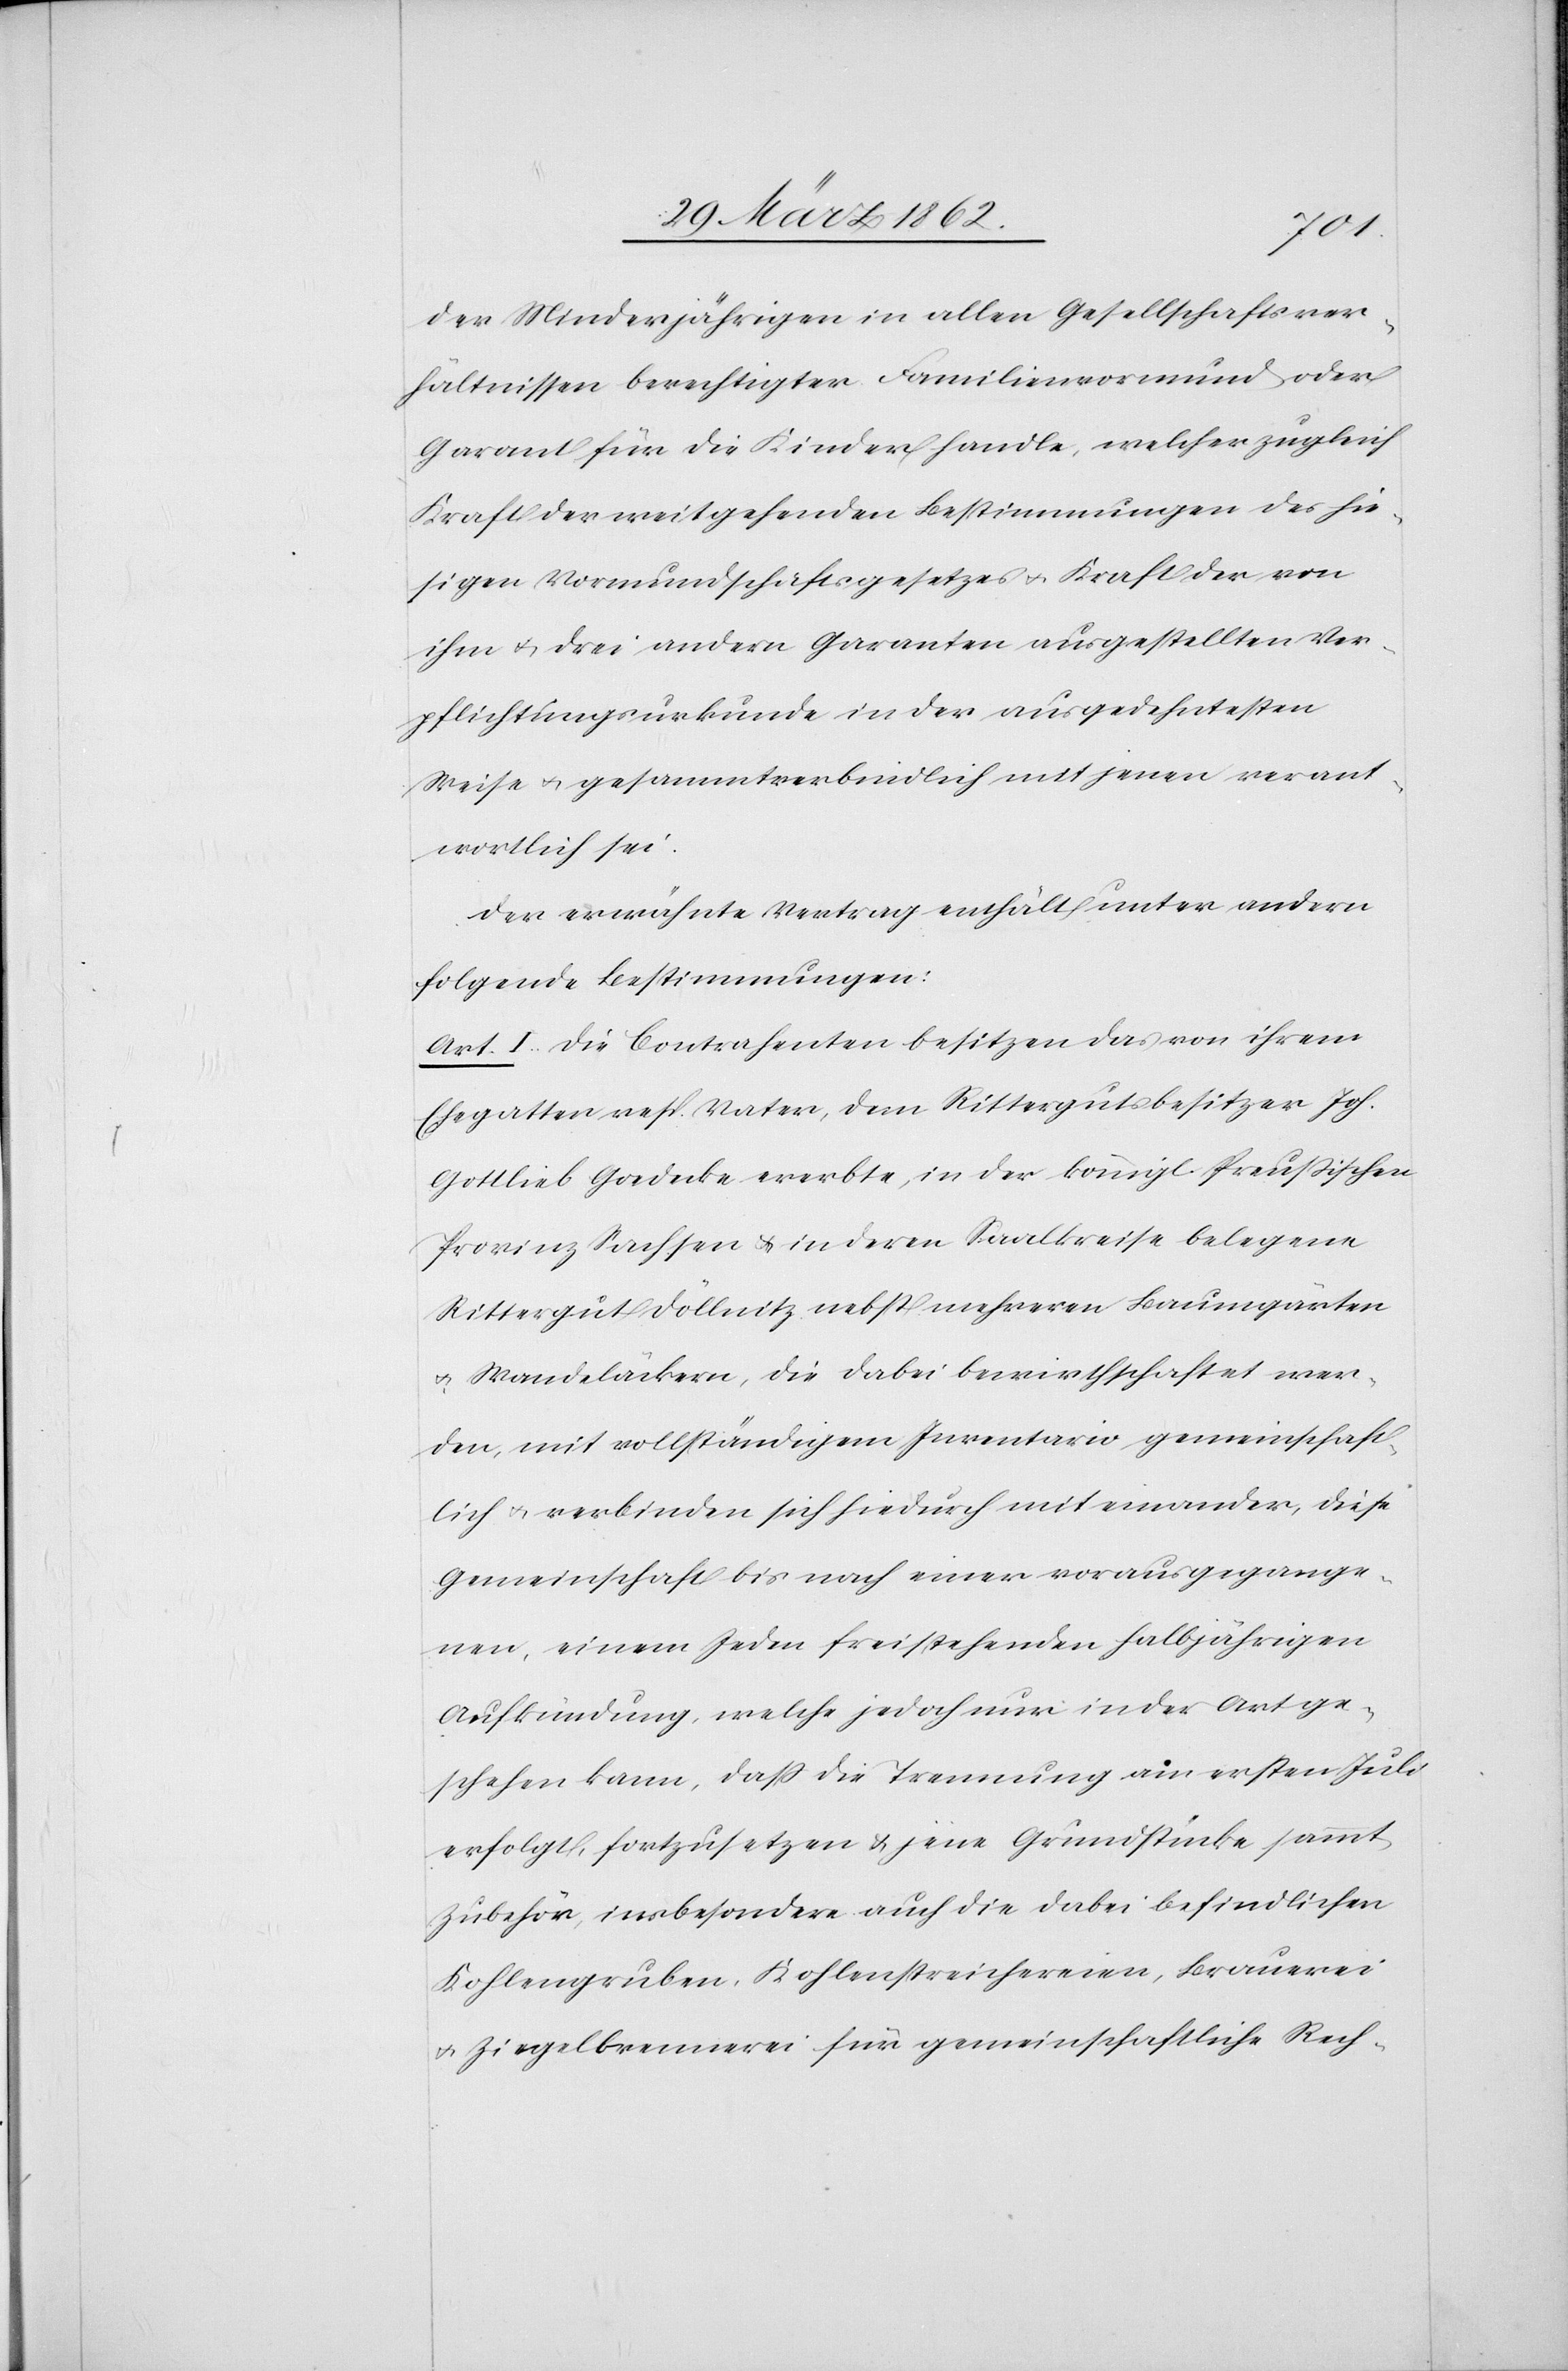
der Minderjährigen in allen Gesellschaftsver¬
hältnissen berechtigter Familienvormund oder
Garant für die Kinder handle, welcher zugleich
Kraft der weitgehenden Bestimmungen des hie¬
sigen Vormundschaftgesetzes u. Kraft der von
ihm u. drei andern Garanten ausgestellten Ver¬
pflichtungsurkunde in der ausgedehntesten
Weise u. gesammtverbindlich mit jenen verant¬
wortlich sei.
Der erwähnte Vertrag enthält unter andern
folgende Bestimmungen:
Art. I. Die Contrahenten besitzen das von ihrem
Ehegatten resp. Vater, dem Rittergutsbesitzer Joh.
Gottlieb Goedecke ererbte, in der königl. Preußischen
Provinz Sachsen & in deren Saalkreise belegene
Rittergut Döllnitz nebst mehreren Baumgärten
u. Wandeläckern, die dabei bewirthschaftet wer¬
den, mit vollständigem Inventario gemeinschaft¬
lich u. verbinden sich hiedurch miteinander, diese
Gemeinschaft bis nach einer vorausgegange¬
nen, einem Jeden freistehenden halbjährigen
Aufkündung, welche jedoch nur in der Art ge¬
schehen kann, daß die Trennung am ersten Juli
erfolgt, fortzusetzen & jene Grundstücke sammt
Zubehör, insbesondere auch die dabei befindlichen
Kohlengruben, Kohlenstreichereien, Brauerei
u. Ziegelbrennerei für gemeinschaftliche Rech-